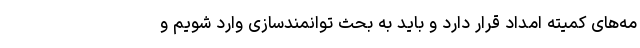
مه‌های کمیته امداد قرار دارد و باید به بحث توانمندسازی وارد شویم و